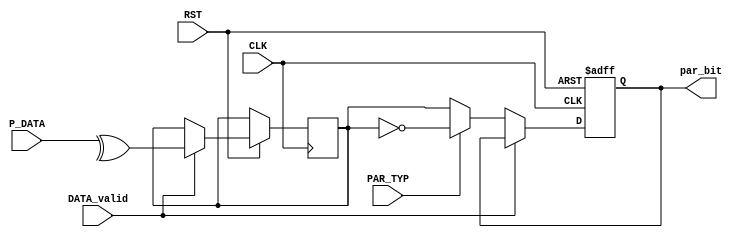
module PAR_CALC #(parameter IN_width = 8) (
  input [IN_width-1:0]       P_DATA,
  input                      DATA_valid,
  input                      PAR_TYP,
  input                      CLK,RST,

  output reg                 par_bit);

reg                        par;

always @ (posedge CLK or negedge RST) begin
  if (!RST) begin
    par_bit <= 1'b0;
  end
  else if (DATA_valid) begin
      par <= ^P_DATA;//even or odd data?
  end
  else begin
    if (PAR_TYP) begin //odd parity
      par_bit <= !par;
    end
    else begin
      par_bit <= par;
    end
  end
 
end

endmodule // PAR_CALC